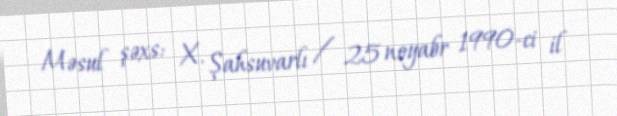
Məsul şəxs: X. Şahsuvarlı / 25 noyabr 1990-ci il